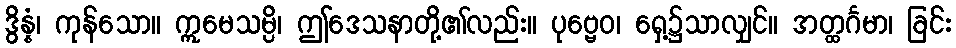
ဒွိန္နံ၊ ကုန်သော။ ဣမေသမ္ပိ၊ ဤဒေသနာတို့၏လည်း။ ပုဗ္ဗေဝ၊ ရှေ့၌သာလျှင်။ အတ္ထင်္ဂမာ၊ ခြင်း